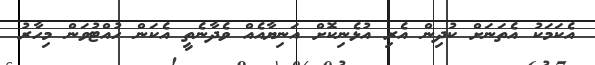
އެކަމަކު އެތަނަށް ކުދިން އެރި އުޅެނިކޮށް އަނިޔާއެއް ވެދާނެތީ އެކަން ހުއްޓުވަން މިހާރު